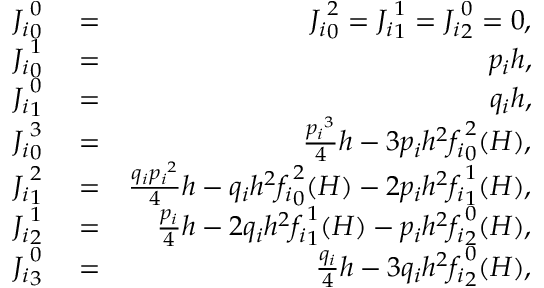
\begin{array} { r l r } { { J _ { i } } _ { 0 } ^ { 0 } } & { { } = } & { { J _ { i } } _ { 0 } ^ { 2 } = { J _ { i } } _ { 1 } ^ { 1 } = { J _ { i } } _ { 2 } ^ { 0 } = 0 , } \\ { { J _ { i } } _ { 0 } ^ { 1 } } & { { } = } & { p _ { i } h , } \\ { { J _ { i } } _ { 1 } ^ { 0 } } & { { } = } & { q _ { i } h , } \\ { { J _ { i } } _ { 0 } ^ { 3 } } & { { } = } & { \frac { { p _ { i } } ^ { 3 } } { 4 } h - 3 p _ { i } h ^ { 2 } { f _ { i } } _ { 0 } ^ { 2 } ( H ) , } \\ { { J _ { i } } _ { 1 } ^ { 2 } } & { { } = } & { \frac { q _ { i } { p _ { i } } ^ { 2 } } { 4 } h - q _ { i } h ^ { 2 } { f _ { i } } _ { 0 } ^ { 2 } ( H ) - 2 p _ { i } h ^ { 2 } { f _ { i } } _ { 1 } ^ { 1 } ( H ) , } \\ { { J _ { i } } _ { 2 } ^ { 1 } } & { { } = } & { \frac { p _ { i } } { 4 } h - 2 q _ { i } h ^ { 2 } { f _ { i } } _ { 1 } ^ { 1 } ( H ) - p _ { i } h ^ { 2 } { f _ { i } } _ { 2 } ^ { 0 } ( H ) , } \\ { { J _ { i } } _ { 3 } ^ { 0 } } & { { } = } & { \frac { q _ { i } } { 4 } h - 3 q _ { i } h ^ { 2 } { f _ { i } } _ { 2 } ^ { 0 } ( H ) , } \end{array}